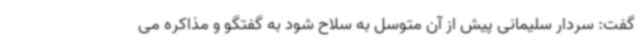
گفت: سردار سلیمانی پیش از آن متوسل به سلاح شود به گفتگو و مذاکره می